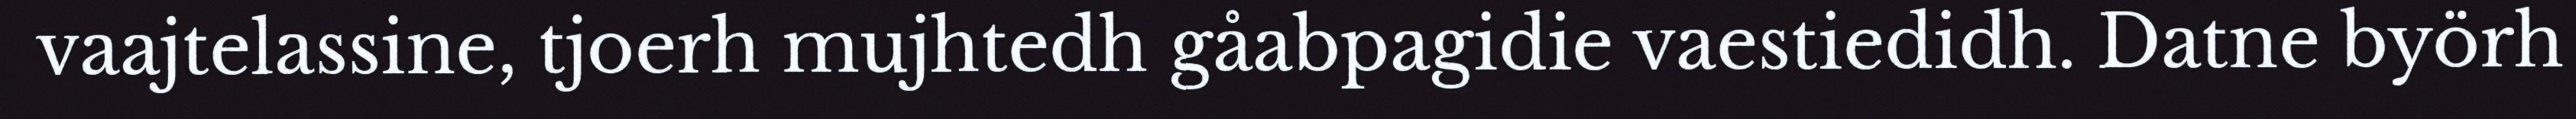
vaajtelassine, tjoerh mujhtedh gåabpagidie vaestiedidh. Datne byörh